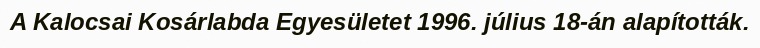
A Kalocsai Kosárlabda Egyesületet 1996. július 18-án alapították.